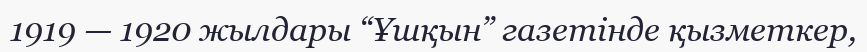
1919 — 1920 жылдары “Ұшқын” газетінде қызметкер,